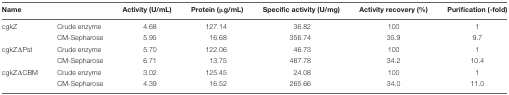
| Name |  | Activity (U/mL) | Protein (μg/mL) | Specific activity (U/mg) | Activity recovery (%) | Purification (-fold) |
 | --- | --- | --- | --- | --- | --- | --- |
 | cgkZ | Crude enzyme | 4.68 | 127.14 | 36.82 | 100 | 1 |
 |  | CM-Sepharose | 5.95 | 16.68 | 356.74 | 35.9 | 9.7 |
 | cgkZΔPst | Crude enzyme | 5.70 | 122.06 | 46.73 | 100 | 1 |
 |  | CM-Sepharose | 6.71 | 13.75 | 487.78 | 34.2 | 10.4 |
 | cgkZΔCBM | Crude enzyme | 3.02 | 125.45 | 24.08 | 100 | 1 |
 |  | CM-Sepharose | 4.39 | 16.52 | 265.66 | 34.0 | 11.0 |